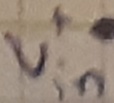
Text: +Vin